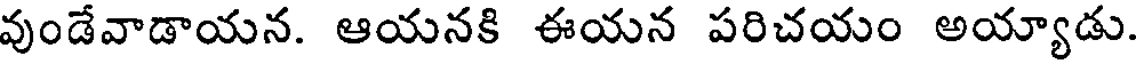
వుండేవాడాయన. ఆయనకి ఈయన పరిచయం అయ్యాడు.